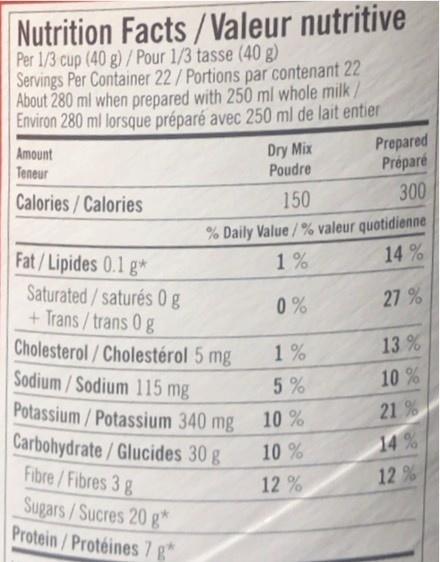
Nutrition Facts/Valeur nutritive
Per 1/3 cup (40 g) / Pour 1/3 tasse (40 g)
Servings Per Container 22/Portions par contenant 22 About 280 ml when prepared with 250 ml whole milk/ Environ 280 ml lorsque préparé avec 250 ml de lait entier Prepared Préparé
Amount Teneur
Dry Mix Poudre
300
Calories/Calories
150
% Daily Value/% valeur quotidienne 1%
Fat/Lipides 0.1 g*
14 %
Saturated/saturés 0g + Trans/trans 0 g Cholesterol/Cholestérol 5 mg Sodium/Sodium 115 mg Potassium/Potassium 340 mg Carbohydrate/Glucides 30 g Fibre/Fibres 3g Sugars/Sucres 20 g* Protein/Protéines 7 g*
0 %
27 %
13 %
1%
5%
10%
21 %
10 %
10 %
14 %
12%
12 %